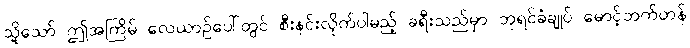
သို့သော် ဤအကြိမ် လေယာဉ်ပေါ်တွင် စီးနင်းလိုက်ပါမည့် ခရီးသည်မှာ ဘုရင်ခံချုပ် မောင့်ဘက်တန်